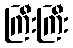
ကြီးကြီး